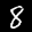
Label: 8